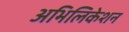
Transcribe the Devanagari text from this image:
अभिलिकेशन